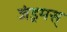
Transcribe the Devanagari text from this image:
जंड्रमस्